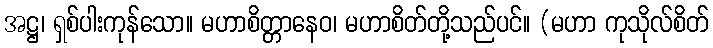
အဋ္ဌ၊ ရှစ်ပါးကုန်သော။ မဟာစိတ္တာနေဝ၊ မဟာစိတ်တို့သည်ပင်။ (မဟာ ကုသိုလ်စိတ်